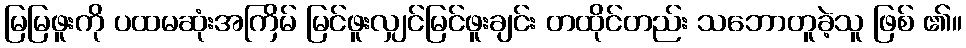
မြမြဖူးကို ပထမဆုံးအကြိမ် မြင်ဖူးလျှင်မြင်ဖူးချင်း တထိုင်တည်း သဘောတူခဲ့သူ ဖြစ် ၏။